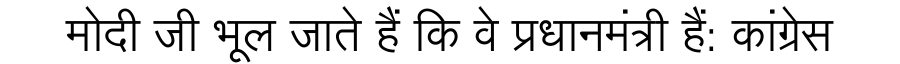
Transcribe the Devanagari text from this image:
मोदी जी भूल जाते हैं कि वे प्रधानमंत्री हैं: कांग्रेस